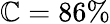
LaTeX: \mathbb{C}=86\%